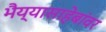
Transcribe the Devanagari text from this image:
भैय्यासाहेबांवर